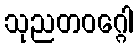
သုညတဝဂ္ဂေါ